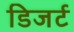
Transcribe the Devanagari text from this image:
डिजर्ट